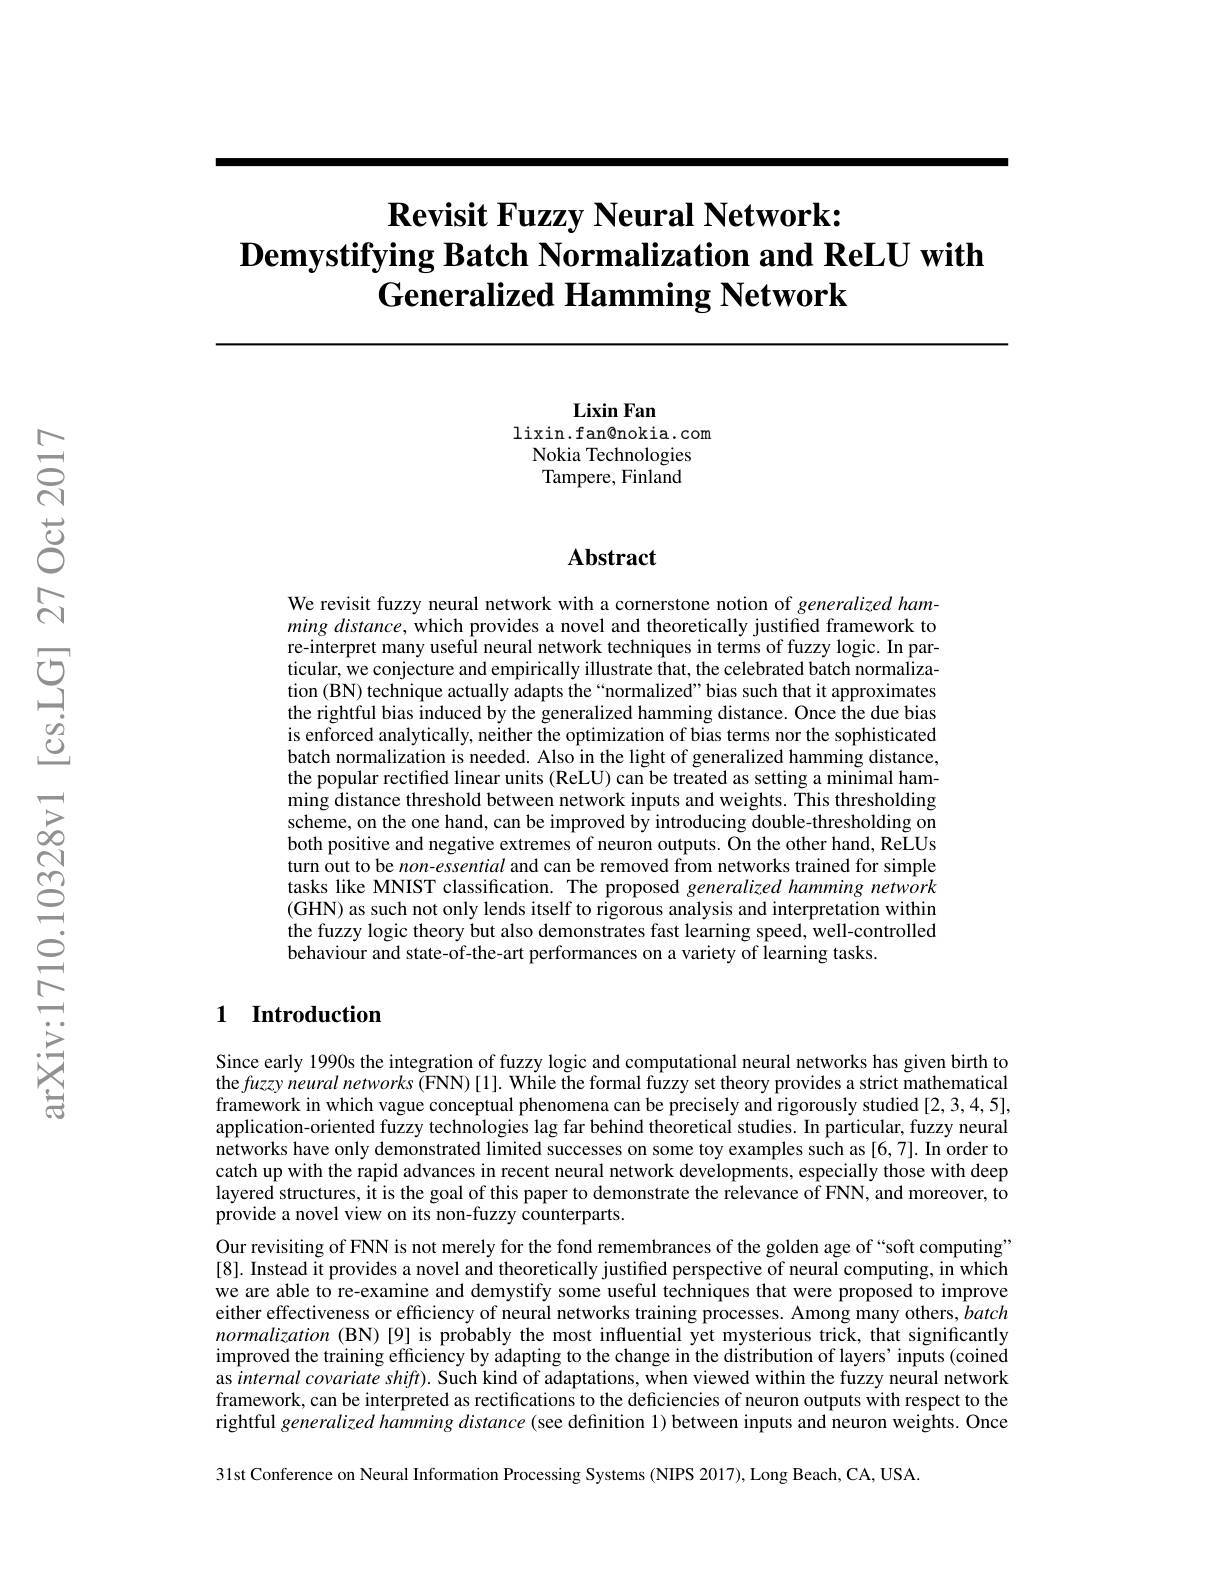
# $\textbf{Revisit Fuzzy Neural Network: }$ $\textbf{Demystifying Batch Normalization and ReLU with}$ $\textbf{Generalized Hamming Network}$

Lixin Fan
$\operatorname{lixin.fan@nokia.com}$ Nokia Technologies Tampere, Finland

### $\mathbf{Abstract}$

We revisit fuzzy neural network with a cornerstone notion of generalized hamming $distance$, which provides a novel and theoretically justified framework to re-interpret many useful neural network techniques in terms of fuzzy logic. In particular, we conjecture and empirically illustrate that, the celebrated batch normalization (BN) technique actually adapts the“normalized”bias such that it approximates the rightful bias induced by the generalized hamming distance. Once the due bias is enforced analytically, neither the optimization of bias terms nor the sophisticated batch normalization is needed. Also in the light of generalized hamming distance, the popular rectified linear units (ReLU) can be treated as setting a minimal hamming distance threshold between network inputs and weights. This thresholding scheme, on the one hand, can be improved by introducing double-thresholding on both positive and negative extremes of neuron outputs. On the other hand, ReLUs turn out to be non-essential and can be removed from networks trained for simple tasks like MNIST classification. The proposed generalized hamming network (GHN) as such not only lends itself to rigorous analysis and interpretation within the fuzzy logic theory but also demonstrates fast learning speed, well-controlled behaviour and state-of-the-art performances on a variety of learning tasks

### 1 Introduction

Since early 1990s the integration of fuzzy logic and computational neural networks has given birth to the fuzzy neural networks (FNN) [1]. While the formal fuzzy set theory provides a strict mathematical framework in which vague conceptual phenomena can be precisely and rigorously studied [2,3,4,5], application-oriented fuzzy technologies lag far behind theoretical studies. In particular, fuzzy neural networks have only demonstrated limited successes on some toy examples such as [6,7]. In order to catch up with the rapid advances in recent neural network developments, especially those with deep layered structures, it is the goal of this paper to demonstrate the relevance of FNN, and moreover, to provide a novel view on its non-fuzzy counterparts.
Our revisiting of FNN is not merely for the fond remembrances of the golden age of “soft computing” [8]. Instead it provides a novel and theoretically justified perspective of neural computing, in which we are able to re-examine and demystify some useful techniques that were proposed to improve either effectiveness or efficiency of neural networks training processes. Among many others, batch normalization (BN)[9] is probably the most influential yet mysterious trick, that significantly improved the training efficiency by adapting to the change in the distribution of layers' inputs (coined as internal covariate shift). Such kind of adaptations, when viewed within the fuzzy neural network framework, can be interpreted as rectifications to the deficiencies of neuron outputs with respect to the rightful generalized hamming distance (see definition 1) between inputs and neuron weights. Once 31st Conference on Neural Information Processing Systems (NIPS 2017), Long Beach, CA, USA.